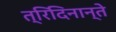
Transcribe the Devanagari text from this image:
त्रिदिनान्ते